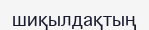
шиқылдақтың